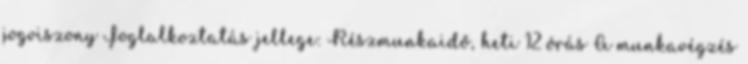
jogviszony Foglalkoztatás jellege: Részmunkaidő, heti 12 órás A munkavégzés